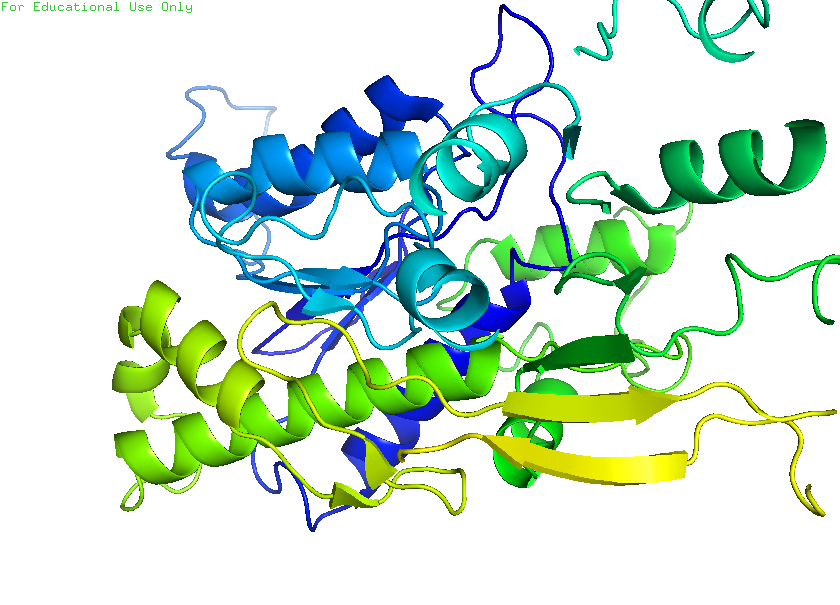
pymol, preset, ligand_cartoon